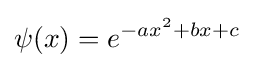
\psi (x)=e^{-ax^{2}+bx+c}